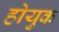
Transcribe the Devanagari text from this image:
होयुक